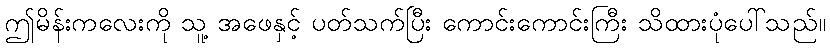
ဤမိန်းကလေးကို သူ့ အဖေနှင့် ပတ်သက်ပြီး ကောင်းကောင်းကြီး သိထားပုံပေါ်သည်။